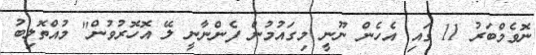
ނޮވެމްބަރު 11 ގައި އެހެން ނޫނީ މިގައުމުން ފެންނާނީ ލޭ އޮހޮރުވުން" މުއްތޮލިބު